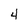
Character: 4